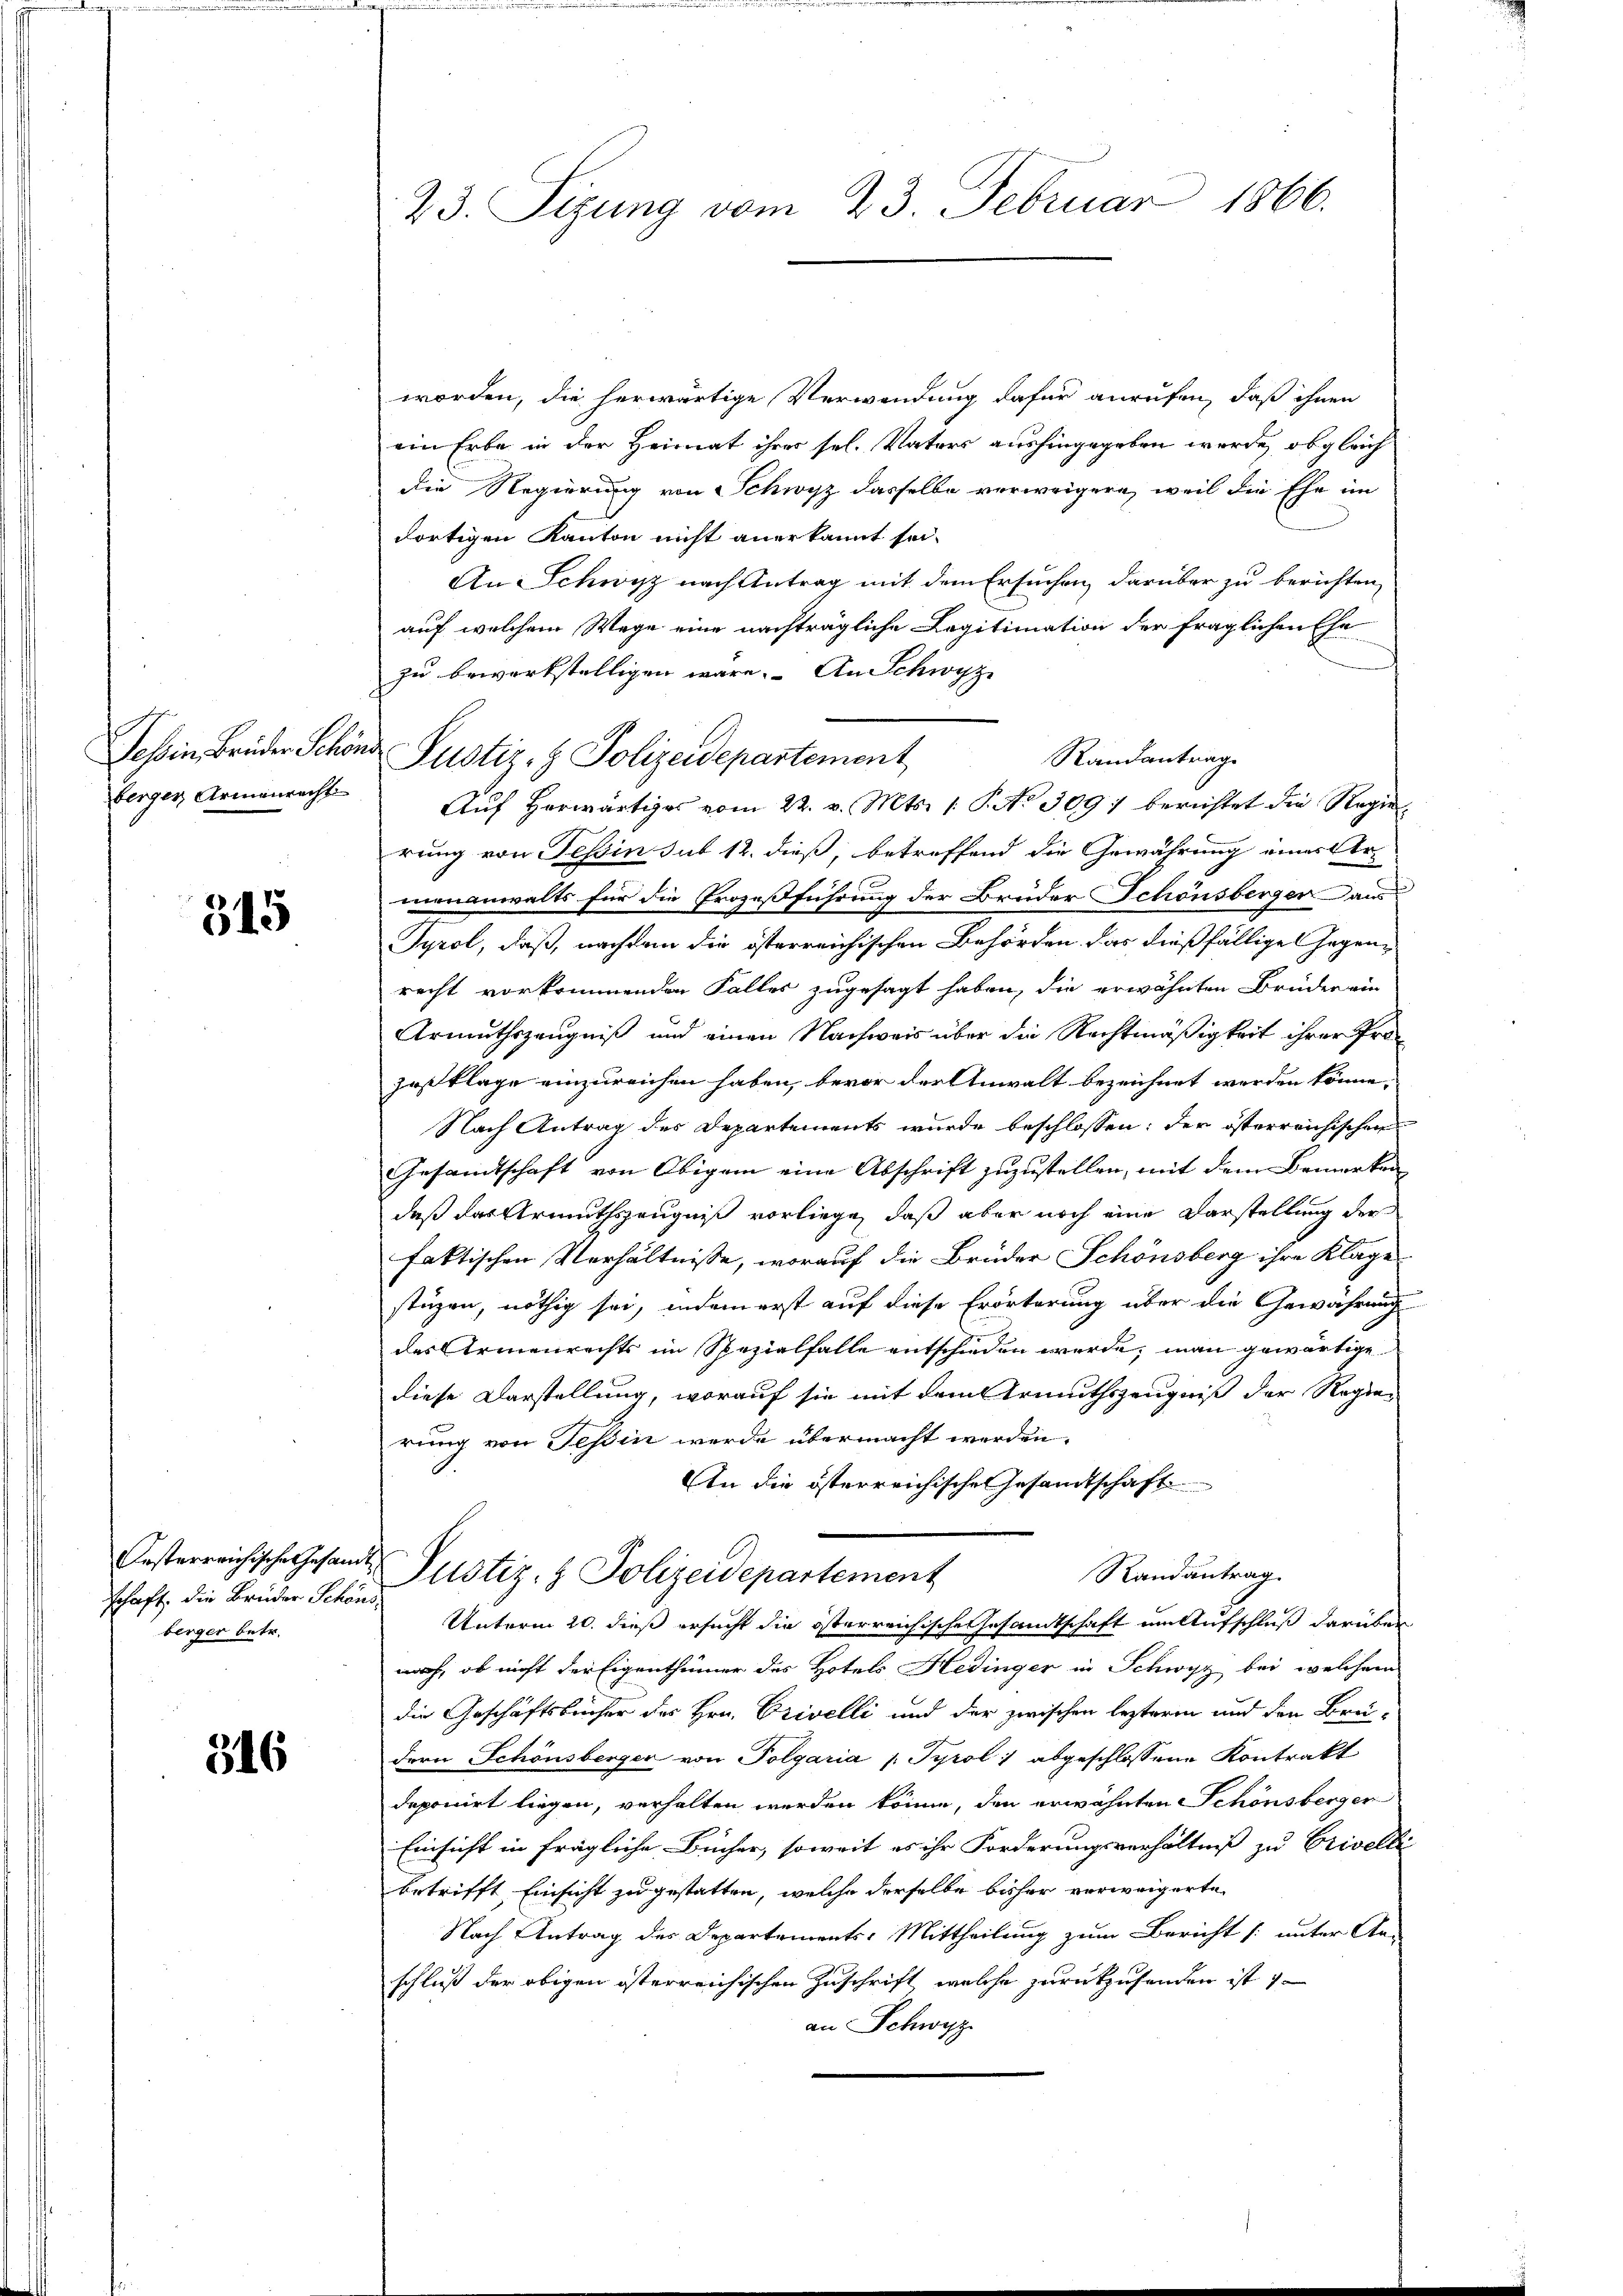
berger Armenrecht

315

schaft, die Brüder Schöns
berger betr.

316

23. Sizung vom 23. Februar 1866.

worden, die herwärtige Verwendung dafür anrufen, daß ihnen
ein Erbe in der Heimat ihrer sel. Vaters aushingegeben werde, obgleichdie Regierung von Schwyz dasselbe verweigern, weil die Ehe im
dortigen Kanton nicht anerkannt sei.
An Schwyz nach Antrag mit dem Ersuchen darüber zu berichten,
auf welchem Wege eine nachträgliche Legitimation der fraglichen Ehe
zu bewerkstelligen wäre. An Schwyz
Randantrag
Auf herwärtiges vom 22. v. Mts. 1. P. No 309. berichtet die Regierung von Tessin sub 12. dieß, betreffend die Gewährung eines Ar-
menanwalts für die Prozeßführung der Brüder Schönsberger au
Tyrol, daß, nachdem die österreichischen Behörden das dießfällige Gegenrecht vorkommenden Faller zugesagt haben, die erwähnten Brüdern ein
Armuthszeugniß und einen Nachweis über die Rechtmäßigkeit ihrer Pro-
zesklage einzureichen haben, bevor der Anwalt bezeichnet werden könne.
Nach Antrag des Departements wurde beschlossen: der österreichischen
Gesamtschaft von Obigem eine Abschrift zuzustellen, mit dem Bemerken
daß das Urmuthszeugniß vorliege, daß aber noch eine Darstellung der
faktischen Verhältnisse, worauf die Brüder Schönsberg ihre Klage
stüzen, nöthig sei, indem erst auf diese Erörterung über die Gewährung
des Armenrechts im Spezialfalle entschieden werde; man gewärtige
diese Darstellung, worauf sie mit dem Armuthszeugniß der Regie-
rung von Tessin werde übermacht werden.
An die österreichische Gesandtschaft
Oesterreichische Gesandte Justiz- & Polizeidepartement
Randantrag.
Unterm 20. dieß ersucht die österreichische Gesandtschaft um Aufschluß darüber
nach, ob nicht der Eigenthümer des Hotels Hedinger in Schwyz bei welchem
die Geschäftsbücher des Hrn. Erivelli und der zwischen lezteren und den Brü-
dern Schönsbergen von Polgaria /: Tyrol, abgeschlossene Kontrakt
deponirt liegen, verhalten werden könne, den erwähnten Schönsberger
Einsicht in fragliche Bücher, soweit es ihr Forderungsverhältniß zu Crivelle
betrifft Einsicht zu gestatten, welche derselbe bisher verweigerte
Nach Antrag des Departements-Mittheilung zum Bericht /: unter An-
schluß der obigen österreichischen Zuschrift, welche zurückzusenden ist i
an Schwyz

Teßin Brüder Schöne Justiz- & Polizeidepartement,